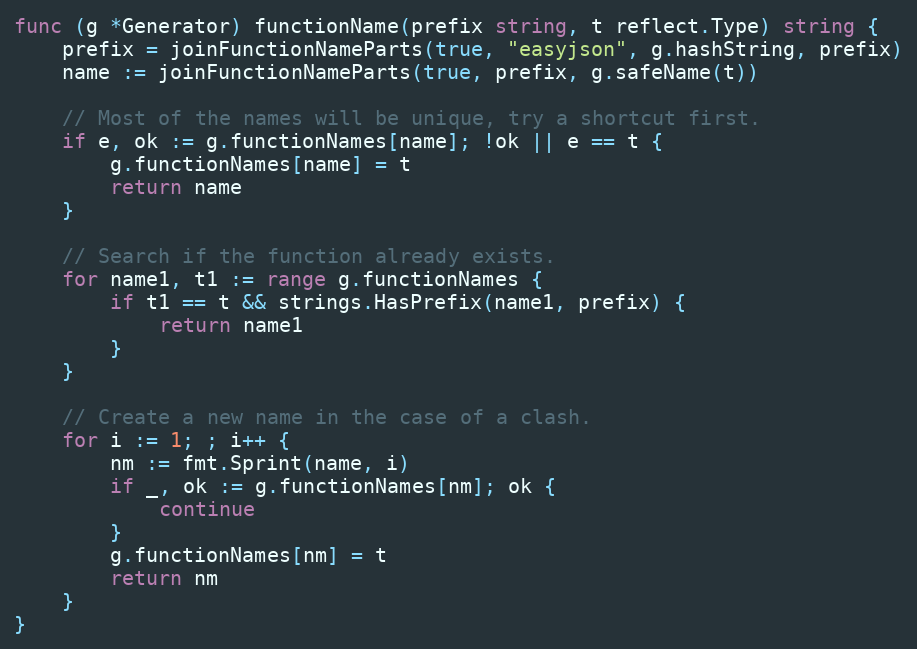
Language: Go
func (g *Generator) functionName(prefix string, t reflect.Type) string {
	prefix = joinFunctionNameParts(true, "easyjson", g.hashString, prefix)
	name := joinFunctionNameParts(true, prefix, g.safeName(t))

	// Most of the names will be unique, try a shortcut first.
	if e, ok := g.functionNames[name]; !ok || e == t {
		g.functionNames[name] = t
		return name
	}

	// Search if the function already exists.
	for name1, t1 := range g.functionNames {
		if t1 == t && strings.HasPrefix(name1, prefix) {
			return name1
		}
	}

	// Create a new name in the case of a clash.
	for i := 1; ; i++ {
		nm := fmt.Sprint(name, i)
		if _, ok := g.functionNames[nm]; ok {
			continue
		}
		g.functionNames[nm] = t
		return nm
	}
}